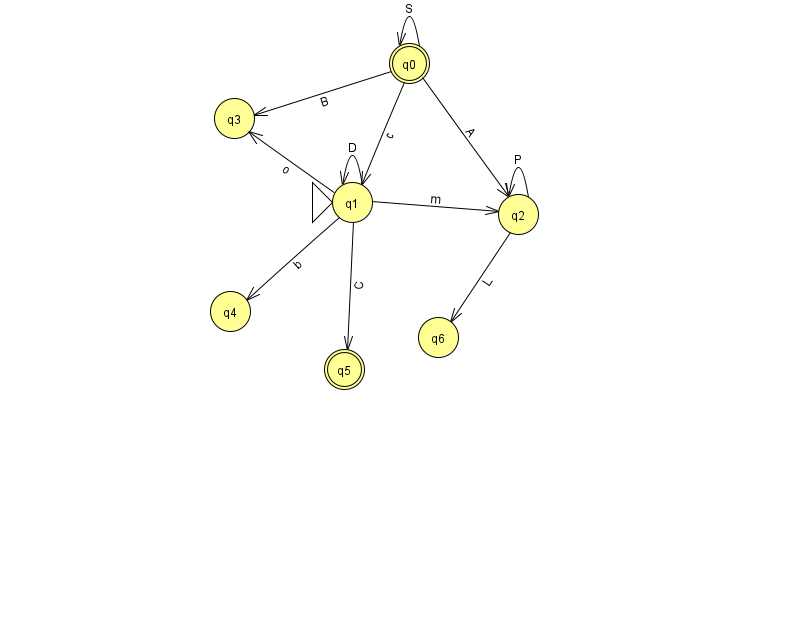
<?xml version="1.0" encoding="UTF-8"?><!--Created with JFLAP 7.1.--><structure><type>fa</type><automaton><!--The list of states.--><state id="0" name="q0"><x>409.0</x><y>50.0</y><final/></state><state id="1" name="q1"><x>352.0</x><y>189.0</y><initial/></state><state id="2" name="q2"><x>518.0</x><y>201.0</y></state><state id="3" name="q3"><x>234.0</x><y>105.0</y></state><state id="4" name="q4"><x>230.0</x><y>298.0</y></state><state id="5" name="q5"><x>344.0</x><y>356.0</y><final/></state><state id="6" name="q6"><x>438.0</x><y>324.0</y></state><!--The list of transitions.--><transition><from>2</from><to>2</to><read>P</read></transition><transition><from>0</from><to>1</to><read>c</read></transition><transition><from>0</from><to>0</to><read>S</read></transition><transition><from>1</from><to>1</to><read>D</read></transition><transition><from>1</from><to>3</to><read>o</read></transition><transition><from>2</from><to>6</to><read>L</read></transition><transition><from>0</from><to>2</to><read>A</read></transition><transition><from>1</from><to>2</to><read>m</read></transition><transition><from>0</from><to>3</to><read>B</read></transition><transition><from>1</from><to>4</to><read>b</read></transition><transition><from>1</from><to>5</to><read>C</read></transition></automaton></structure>